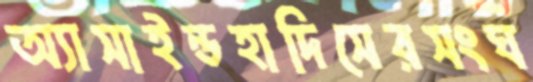
অ্যাসাইন্ডহাদিসেরসংঘ